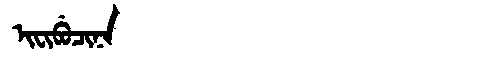
Manchu: ᡳᠸᡳᠪᡠᠴᡳᠨᠠ
Romanization: IFIBUCINA